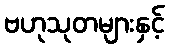
ဗဟုသုတများနှင့်